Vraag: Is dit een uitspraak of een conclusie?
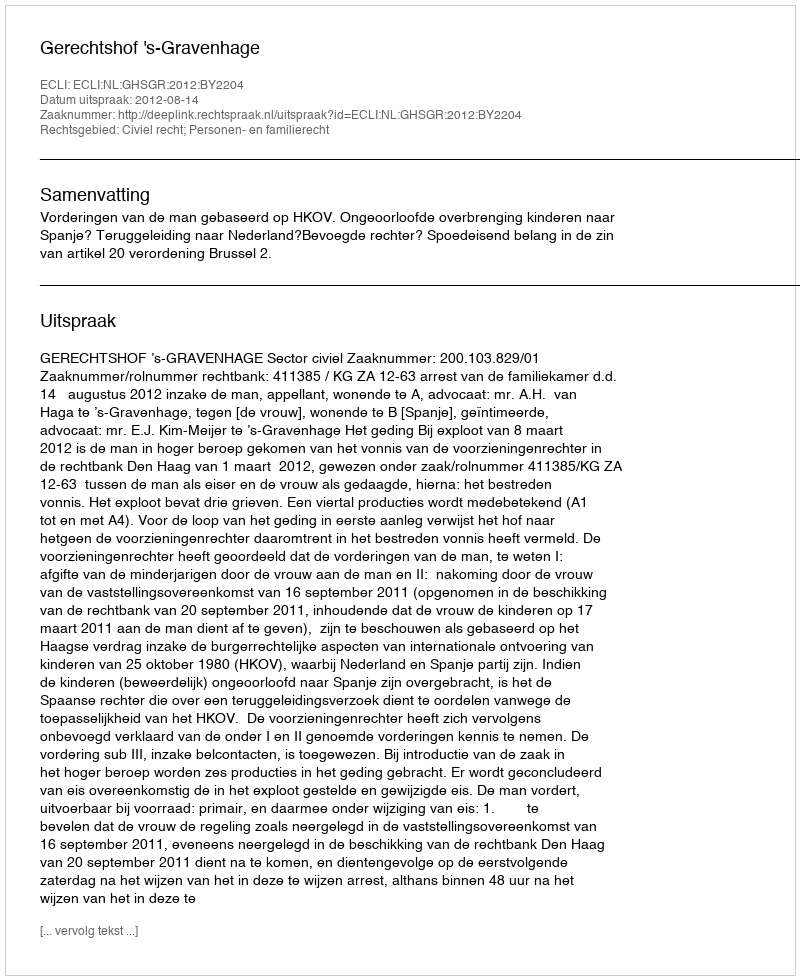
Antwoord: Uitspraak